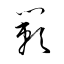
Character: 籟